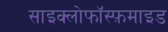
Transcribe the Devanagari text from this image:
साइक्लोफॉस्फ़माइड